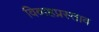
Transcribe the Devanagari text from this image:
विवाहप्रस्ताव